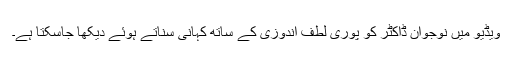
ویڈیو میں نوجوان ڈاکٹر کو پوری لطف اندوزی کے ساتھ کہانی سناتے ہوئے دیکھا جاسکتا ہے۔